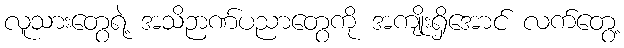
လူသားတွေရဲ့ အသိဉာဏ်ပညာတွေကို အကျိုးရှိအောင် လက်တွေ့